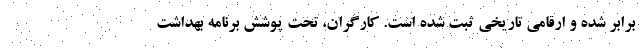
برابر شده و ارقامی تاریخی ثبت شده است. کارگران، تحت پوشش برنامه بهداشت